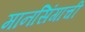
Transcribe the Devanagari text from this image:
मानसिंगाची